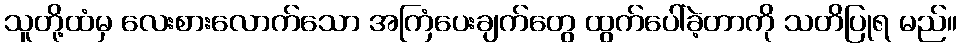
သူတို့ထံမှ လေးစားလောက်သော အကြံပေးချက်တွေ ထွက်ပေါ်ခဲ့တာကို သတိပြုရ မည်။